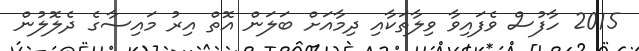
2015 ހާފުސް ވެފައިވާ ވިލާތަކާއި ދިމާއަށް ބަލަން އޮތް އިރު މައިސާގެ ދެލޮލުން